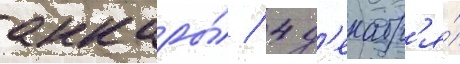
анкары́ / 4 д'екабр'я́